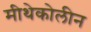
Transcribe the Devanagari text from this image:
मीथेकोलीन